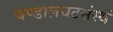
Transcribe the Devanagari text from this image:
चण्डालघटसंस्थं